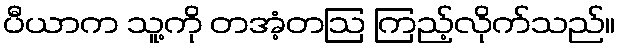
ပီယာက သူ့ကို တအံ့တဩ ကြည့်လိုက်သည်။